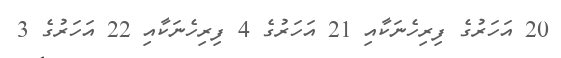
20 އަހަރުގެ ފިރިހެނަކާއި 21 އަހަރުގެ 4 ފިރިހެނަކާއި 22 އަހަރުގެ 3